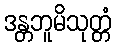
ဒန္တဘူမိသုတ္တံ